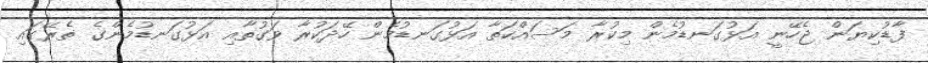
ފާޑުކިޔަން ޖެހޭނީ އަޅުގަނޑުމެން މިކުރާ މަސައްކަތާ އަޅުގަނޑުމެން ހޭދަކުރާ ވަގުތާއި އަޅުގަނޑުމެންގެ ތެރޭގައި